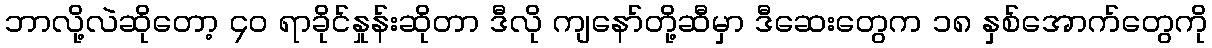
ဘာလို့လဲဆိုတော့ ၄၀ ရာခိုင်နှုန်းဆိုတာ ဒီလို ကျနော်တို့ဆီမှာ ဒီဆေးတွေက ၁၈ နှစ်အောက်တွေကို